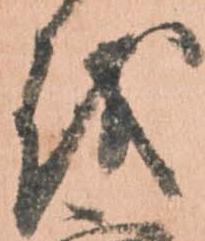
を